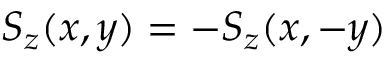
S _ { z } ( x , y ) = - S _ { z } ( x , - y )